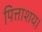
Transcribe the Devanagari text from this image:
पित्ताशय।